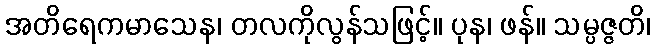
အတိရေကမာသေန၊ တလကိုလွန်သဖြင့်။ ပုန၊ ဖန်။ သမ္ပဇ္ဇတိ၊